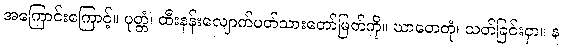
အကြောင်းကြောင့်။ ပုတ္တံ၊ ထီးနန်းလျောက်ပတ်သားတော်မြတ်ကို။ ဃာတေတုံ၊ သတ်ခြင်းငှာ။ န